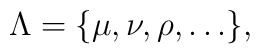
\Lambda=\{\mu,\nu,\rho, \ldots \},